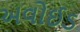
અવોઈડ